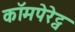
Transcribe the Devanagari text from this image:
कॉमपेरेट्व